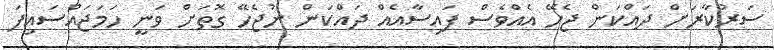
ސަރުކާރަށް ދައްކަން ޖެހޭ އެއްވެސް ފައިސާއެއް ދައްކަން ނުޖެހޭ ގޮތަށް ވަނީ ހަމަޖައްސައިފަ